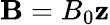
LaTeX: {\mathbf{B}}=B_{0}{\mathbf{z}}